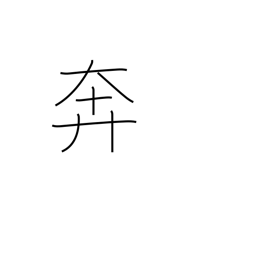
Meaning: bustle